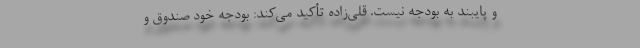
و پایبند به بودجه نیست. ‌قلی‌زاده تأكید می‌كند: بودجه خود صندوق و